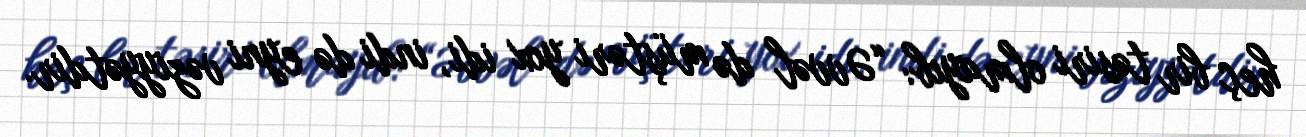
heç bir təsiri olmayıb: “Əvvəl də müştəri yox idi, indi də eyni vəziyyətdir.